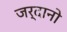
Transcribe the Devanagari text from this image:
जर्दानो